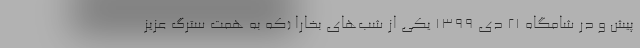
پیش و در شامگاه 21 دی 1399 یکی از شب‌های بخارا (که به همت سترگ عزیز